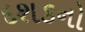
દશકનો